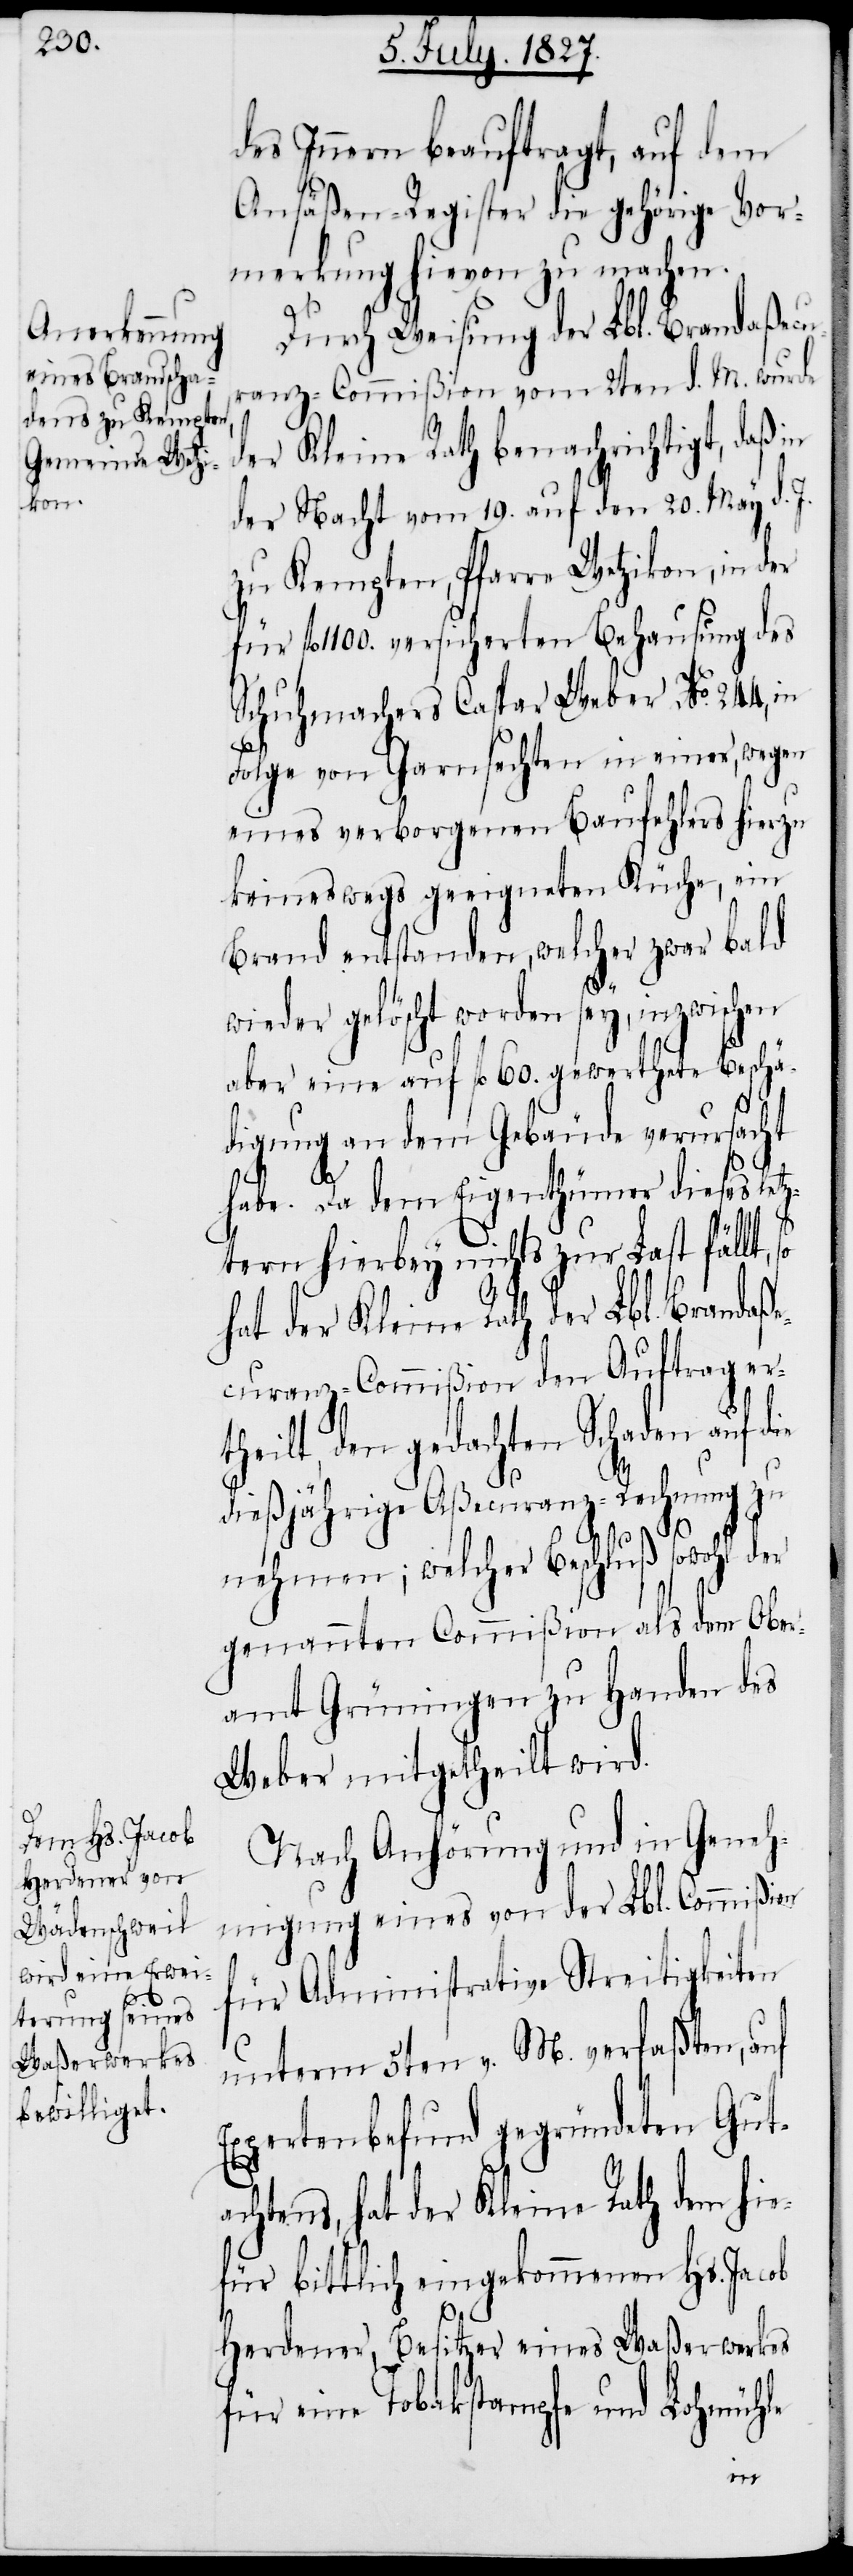
des Innern beauftragt, auf dem
Ansäßen-Register die gehörige Vor¬
merkung zu machen.
Durch Weisung der Lbl. Brandaßecu¬
ranz-Commißion vom 2ten d. M. wurde
der Kleine Rath benachrichtigt, daß in
der Nacht vom 19. auf den 20. May d. J.
zu Kempten, Pfarre Wetzikon, in der
fl. 1100. versicherten Behausung des
Schuhmachers Caspar Weber No. 244,
Folge von Garnsechten in einer, wegen
eines verborgenen Baufehlers hierzu
keineswegs geeigneten Küche, ein
Brand entstanden, welcher zwar bald
wieder gelöscht worden sey, inzwischen
aber eine auf fl. 60. gewerthete Beschä¬
digung an dem Gebäude verursacht
habe. Da dem Eigenthümer dieses letz¬
tern hierbey nichts zur Last fällt,
hat der Kleine Rath der Lbl. Brandaße¬
curanz-Commißion den Auftrag er¬
theilt, den gedachten Schaden auf die
dießjährige Aßecuranz-Rechnung zu
nehmen; welcher Beschluß sowohl der
genannten Commißion als dem Ober¬
amt Grüningen zu Handen des
Weber mitgetheilt wird.
Nach Anhörung und in Geneh¬
migung eines von der Lbl. Commißion
für Administrative Streitigkeiten
unterm 5ten v. M. verfaßten, auf
Expertenbefund gegründeten Guta¬
chtens, hat der Kleine Rath dem hie¬
für bittlich eingekommenen Hs. Jacob
Herdener, Besitzer eines Waßerwerkes
für eine Tobakstampfe und Lohmühle
in